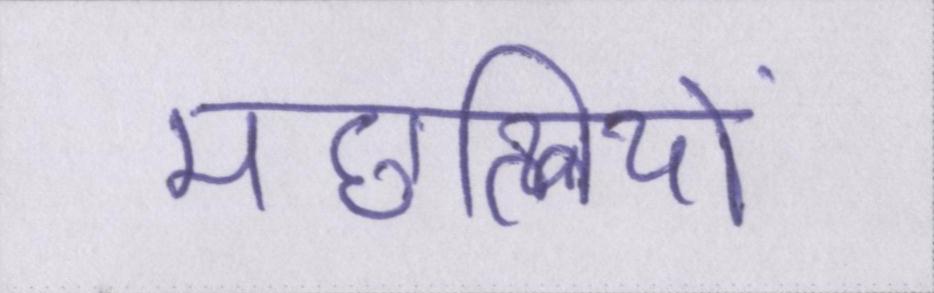
मछलियों